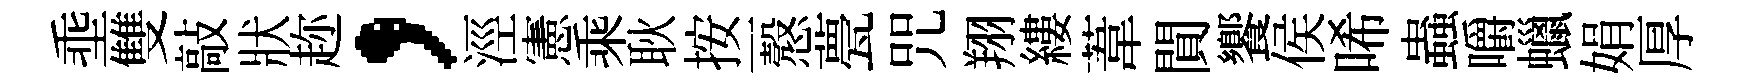
埀雙敲狀趂，涇憲乘耿按一慤甍咒翔縷葦閴饗侯唏蟲嚼蠟娟厚